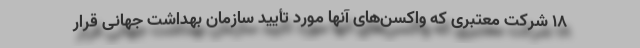
۱۸ شرکت معتبری که واکسن‌های آنها مورد تأیید سازمان بهداشت جهانی قرار